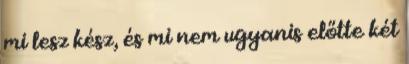
mi lesz kész, és mi nem ugyanis előtte két